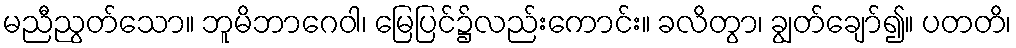
မညီညွတ်သော။ ဘူမိဘာဂေဝါ၊ မြေပြင်၌လည်းကောင်း။ ခလိတွာ၊ ချွတ်ချော်၍။ ပတတိ၊